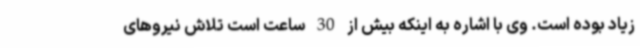
زیاد بوده است. وی با اشاره به اینکه بیش از 30 ساعت است تلاش نیروهای